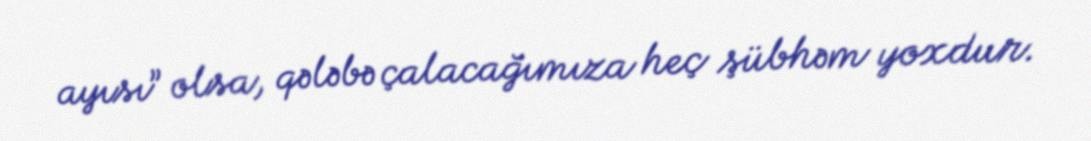
ayısı” olsa, qələbə çalacağımıza heç şübhəm yoxdur.